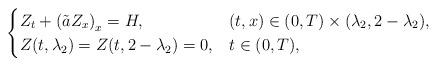
LaTeX: \begin{align*}\begin{cases}Z_t + \left(\tilde a Z_x \right) _x =H, & (t,x) \in (0,T) \times (\lambda_2, 2-\lambda_2),\\Z(t,\lambda_2)= Z(t, 2-\lambda_2)=0, & t \in (0,T),\\\end{cases}\end{align*}